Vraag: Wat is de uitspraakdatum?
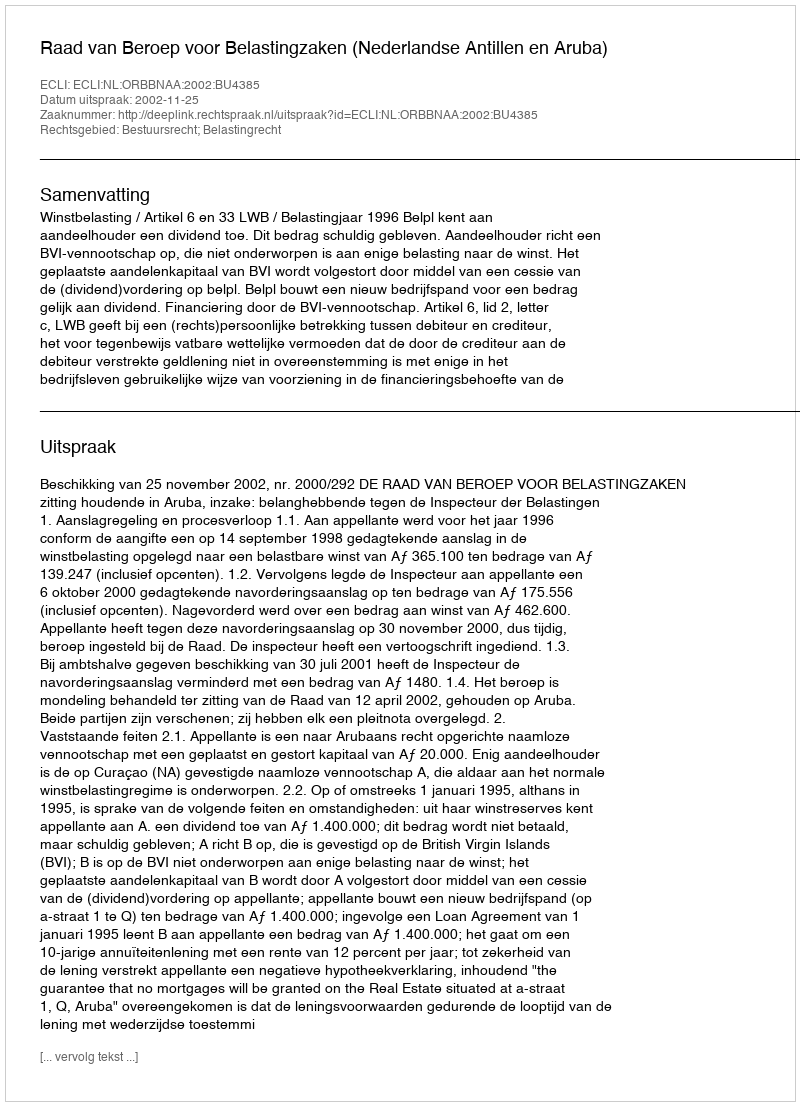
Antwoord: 2002-11-25